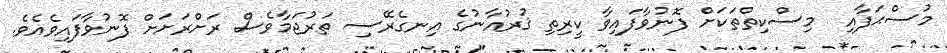
މުސްޙަފާއި  މިސްކިތްތަކަށް ފޮނުވާފައިވާ ކީރިތި ޤުރުއާނުގެ އިނގެރޭސި ތަރުޖަމާވެސް ރަށްރަށަށް ފޮނުވާފައިވެއެވެ.